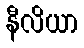
နီလိယာ